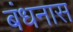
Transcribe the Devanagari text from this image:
बंधनास